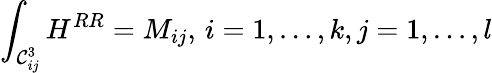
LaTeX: \int_{\mathcal{C}_{ij}^{3}}H^{RR}=M_{ij},\, i=1,\ldots,k,j=1,\ldots,l